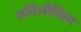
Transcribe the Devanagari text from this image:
अतिऔचित्य